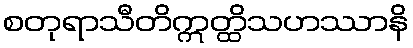
စတုရာသီတိဣတ္ထိသဟဿာနိ